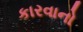
કારવાનો